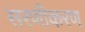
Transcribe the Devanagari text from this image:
सरणीकरण